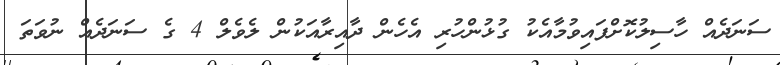
ސަނަދެއް ހާސިލުކޮށްފައިވުމާއެކު ގުޅުންހުރި އެހެން ދާއިރާއަކުން ލެވެލް 4 ގެ ސަނަދެއް ނުވަތަ